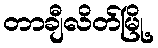
တာချီလိတ်မြို့